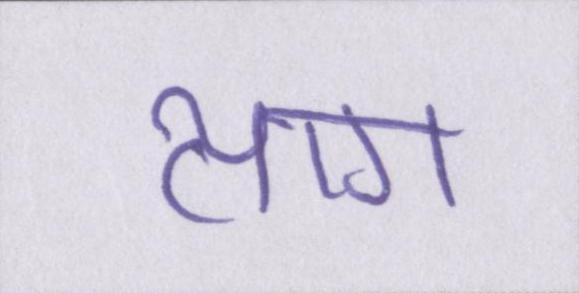
त्याग